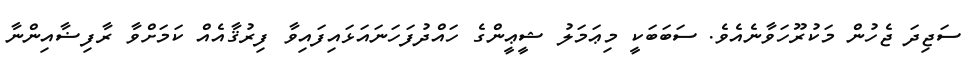
ސަޖިދަ ޖެހުން މަކުރޫހަވާނެއެވެ. ސަބަބަކީ މިޢަމަލު ޝީޢީންގެ ހައްދުފަހަނައަޅައިފައިވާ ފިރުޤާއެއް ކަމަށްވާ ރާފިޟާއިންނާ